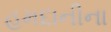
હમદાનીના